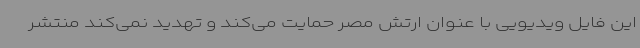
این فایل ویدیویی با عنوان ارتش مصر حمایت می‌کند و تهدید نمی‌کند منتشر